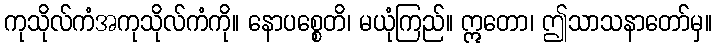
ကုသိုလ်ကံအကုသိုလ်ကံကို။ နောပစ္စေတိ၊ မယုံကြည်။ ဣတော၊ ဤသာသနာတော်မှ။